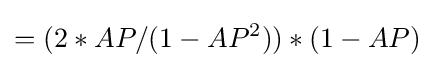
=(2*AP/(1-AP^{2}))*(1-AP)